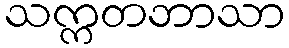
သက္ကတဘာသာ